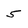
Character: 5